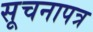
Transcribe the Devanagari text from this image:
सूचनापत्र